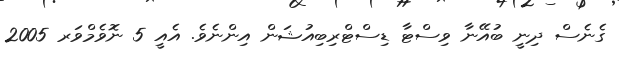
ގެނެސް ދިނީ ބުއޭނާ ވިސްޓާ ޑިސްޓްރިބިއުޝަން އިންނެވެ. އެއީ 5 ނޮވެމްވަރ 2005